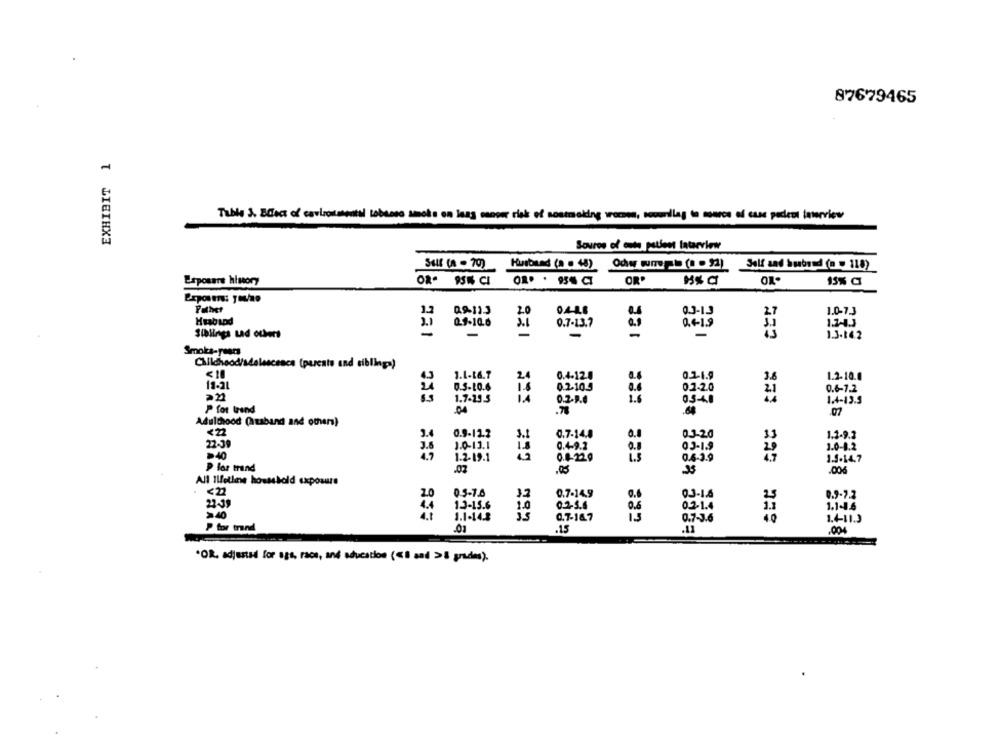
87679465
EXHIBIT 1
Table & Bdact of carbonmentel tobacco smoke on Jang mover risk of nostmaking worms, socardlay to marco af case pedes interview
Source of onte patient tatarview
Self (8 - 70) Husband (a + 48) Oder wie b (0 - 92) Salt and husband (0 ) 118)
Esposars himory
OR 9SE CI
OR'
15% C
Pathet
0.9.11.3
1.0-7.3
03-15
0.7-13.7
Siblings Lad ouders
-
-
1.3.14.2
Smoka-paars
221
Childhood/sdelascesca (parents and siblings)
<10
1.1-16.7
2.4
0.4-12.0
0.2-1.9
1.2-10.0
18-21
0.5-10.6
0.2.10.5
38
0.6-7.2
1.7-29.5
0.2-9.4
1.6
0.3-40
1.4-13.5
P for trend
.04
.78
Adulthood (husband and others)
<22
3.
0.9-12.2
3.
0.7-14.8
0.0
03-20
1.2-92
22-39
1.0-13.1
3.0-8.2
3.6
03-1.5
40
1.2. 19.1
04-29
1.9-14.7
P lor trand
.02
.00
35
.006
All Iletiene household exposure
<22
2.0
05-7.6
0.7-14,9
0.9-2.2
22-39
0.2-5.6
03-14
1.3-15.6
1.0
1.1-46
1.1-14.3
0.7-16.7
07-30
P tor trand
.01
.15
.004
*OR, adjusted for sgs, race, and education («i and >5 grades).